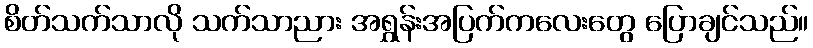
စိတ်သက်သာလို သက်သာညား အရွှန်းအပြက်ကလေးတွေ ပြောချင်သည်။